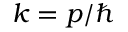
k = p / \hbar